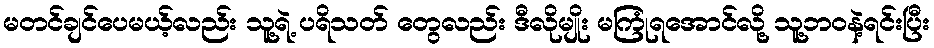
မတင်ချင်ပေမယ့်လည်း သူ့ရဲ့ ပရိသတ် တွေလည်း ဒီလိုမျိုး မကြုံရအောင်လို့ သူ့ဘဝနဲ့ရင်းပြီး